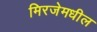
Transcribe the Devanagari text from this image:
मिरजेमधील